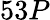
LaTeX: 53P